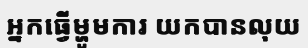
អ្នកធ្វើម្ហូមការ យកបានលុយ